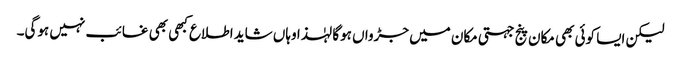
لیکن ایسا کوئی بھی مکان پنج جہتی مکان میں جڑواں ہوگا لہٰذا وہاں شاید اطلاع کبھی بھی غائب نہیں ہوگی۔